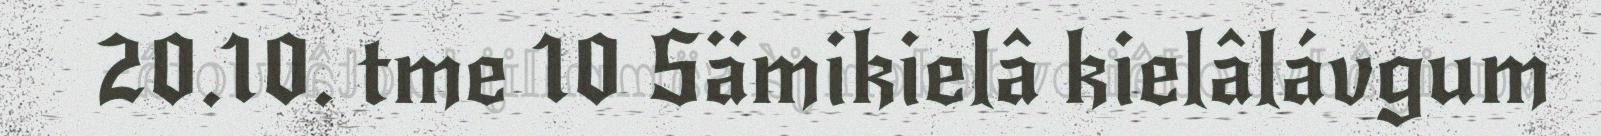
20.10. tme 10 Sämikielâ kielâlávgum